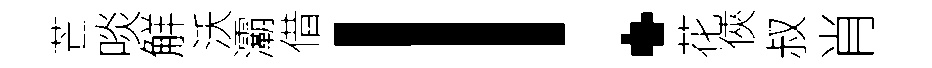
芒啖觧沃灞借！花俠叔肖